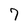
Character: 7